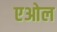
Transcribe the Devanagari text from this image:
एओल